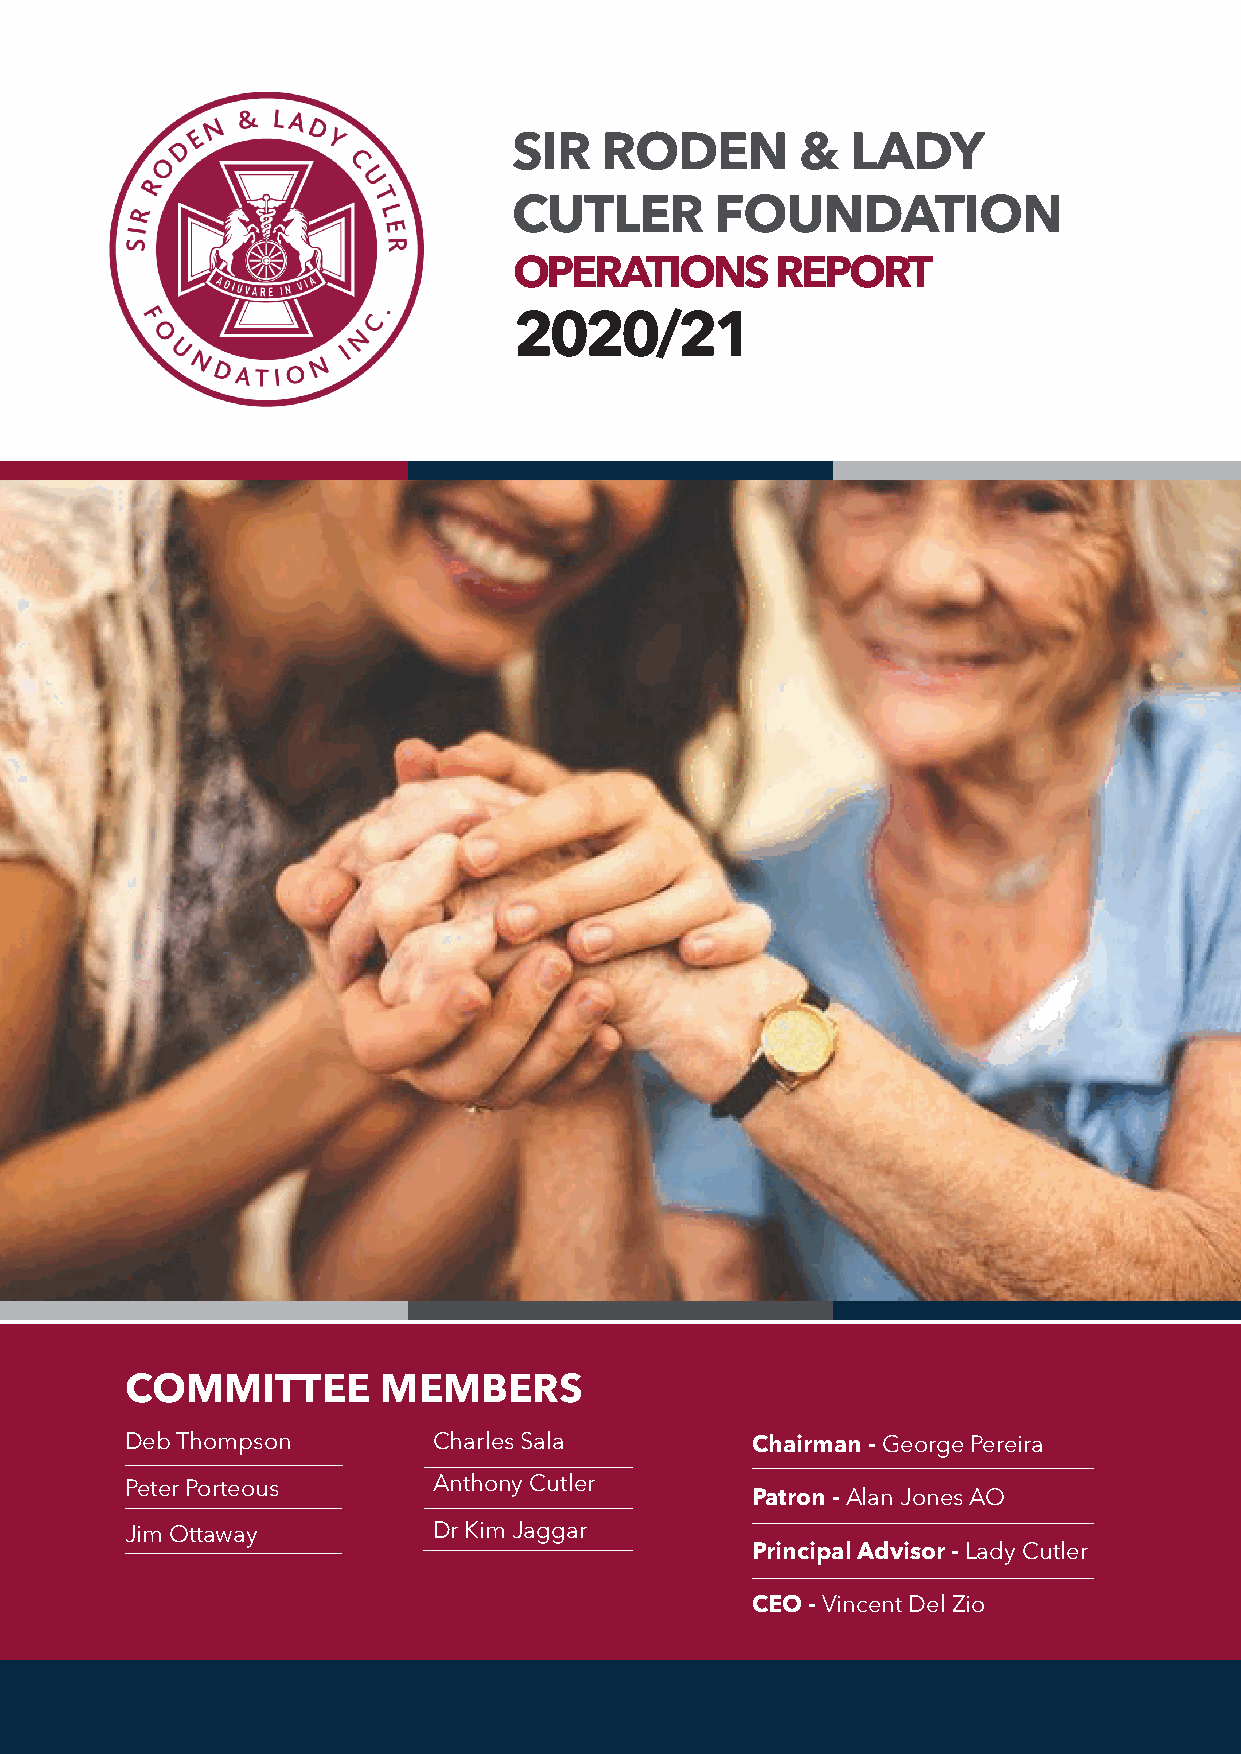
SIR   RODEN        &  LADY
 CUTLER       FOUNDATION
 OPERATIONS       REPORT
 2020/21
 COMMITTEE        MEMBERS
 Deb Thompson         Charles Sala         Chairman - George Pereira
 Peter Porteous       Anthony Cutler
 Patron - Alan Jones AO
 Jim Ottaway          Dr Kim Jaggar
 Principal Advisor - Lady Cutler
 CEO - Vincent Del Zio